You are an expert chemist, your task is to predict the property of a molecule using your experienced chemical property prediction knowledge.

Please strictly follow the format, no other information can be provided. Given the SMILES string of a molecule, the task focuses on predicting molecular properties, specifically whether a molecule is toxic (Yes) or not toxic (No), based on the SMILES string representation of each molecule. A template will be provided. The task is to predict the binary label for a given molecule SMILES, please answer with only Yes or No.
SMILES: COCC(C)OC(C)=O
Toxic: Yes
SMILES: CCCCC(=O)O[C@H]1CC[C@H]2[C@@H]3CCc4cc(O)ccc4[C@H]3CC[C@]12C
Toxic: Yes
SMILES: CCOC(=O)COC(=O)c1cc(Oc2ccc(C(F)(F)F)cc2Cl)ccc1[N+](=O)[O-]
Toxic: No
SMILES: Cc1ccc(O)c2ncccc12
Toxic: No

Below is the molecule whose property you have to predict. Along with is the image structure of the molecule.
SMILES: CC(C)CCON=O
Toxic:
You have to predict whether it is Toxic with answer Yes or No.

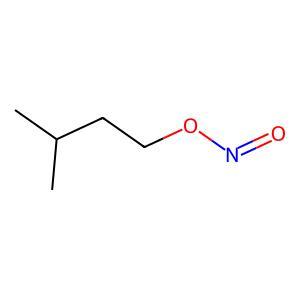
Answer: No